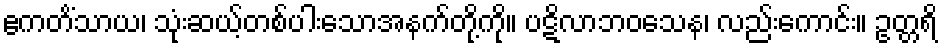
ဧကတိံသာယ၊ သုံးဆယ့်တစ်ပါးသောအနက်တို့ကို။ ပဋိလာဘဝသေန၊ လည်းကောင်း။ ဥတ္တရိ